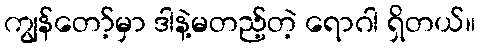
ကျွန်တော့်မှာ ဒါနဲ့မတည့်တဲ့ ရောဂါ ရှိတယ်။